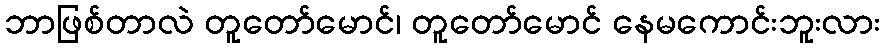
ဘာဖြစ်တာလဲ တူတော်မောင်၊ တူတော်မောင် နေမကောင်းဘူးလား